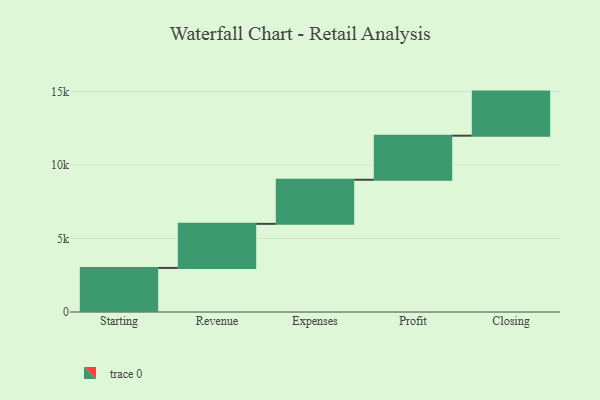
{"axis": {"x": "Step", "y": "Value"}, "legend": [""], "data": [{"x": "Starting", "y": 3000, "type": ""}, {"x": "Revenue", "y": 3000, "type": ""}, {"x": "Expenses", "y": 3000, "type": ""}, {"x": "Profit", "y": 3000, "type": ""}, {"x": "Closing", "y": 3000, "type": ""}]}